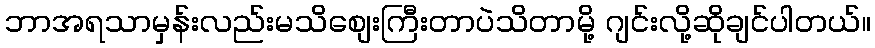
ဘာအရသာမှန်းလည်းမသိစျေးကြီးတာပဲသိတာမို့ ဂျင်းလို့ဆိုချင်ပါတယ်။